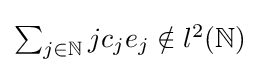
{\textstyle \sum _{j\in \mathbb {N} }jc_{j}e_{j}\notin l^{2}(\mathbb {N} )}